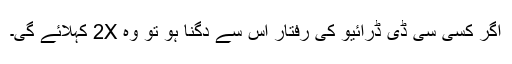
اگر کسی سی ڈی ڈرائیو کی رفتار اس سے دگنا ہو تو وہ 2X کہلائے گی۔